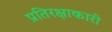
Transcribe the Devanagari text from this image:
प्रतिरक्षाकारी